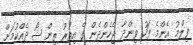
ފިލްމު އެންމެ ފަހު ވިންދާ ޖެހެންދެން ގެ އިތުރު ތިން ޝޯ ދެއްކުމަށް